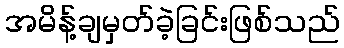
အမိန့်ချမှတ်ခဲ့ခြင်းဖြစ်သည်